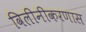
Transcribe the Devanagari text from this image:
विलीनीकरणास